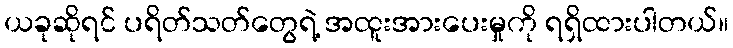
ယခုဆိုရင် ပရိတ်သတ်တွေရဲ့ အထူးအားပေးမှုကို ရရှိထားပါတယ်။